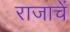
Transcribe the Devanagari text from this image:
राजाचें